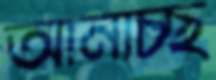
আনাচ্ছ